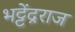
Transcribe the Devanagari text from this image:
भट्टेंद्रराज